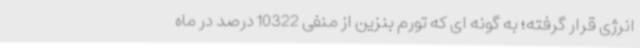
انرژی قرار گرفته؛ به گونه ای که تورم بنزین از منفی 10322 درصد در ماه